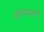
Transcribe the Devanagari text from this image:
ह्रस्वकार